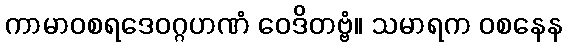
ကာမာဝစရဒေဝဂ္ဂဟဏံ ဝေဒိတဗ္ဗံ။ သမာရက ဝစနေန